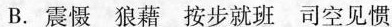
B. 震慑 狼藉 按步就班 司空见惯